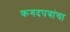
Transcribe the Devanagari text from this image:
कगदपत्रांचा